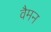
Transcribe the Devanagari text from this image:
वैमन